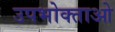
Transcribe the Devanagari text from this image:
उपभोक्‍ताओ